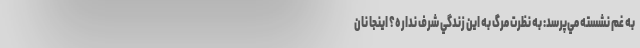
به غم نشسته مي‌پرسد: به نظرت مرگ به اين زندگي شرف نداره؟ اينجا نان